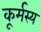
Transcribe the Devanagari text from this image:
कूर्मस्य